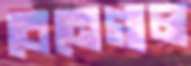
বেনেগাল